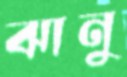
ঝানু